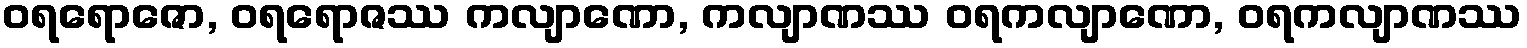
ဝရရောဇော, ဝရရောဇဿ ကလျာဏော, ကလျာဏဿ ဝရကလျာဏော, ဝရကလျာဏဿ